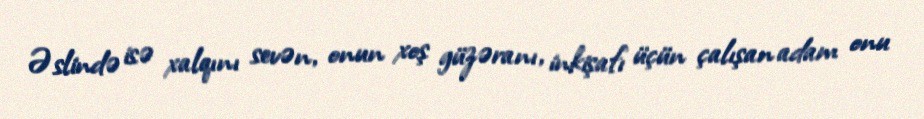
Əslində isə xalqını sevən, onun xoş güzəranı, inkişafı üçün çalışan adam onu